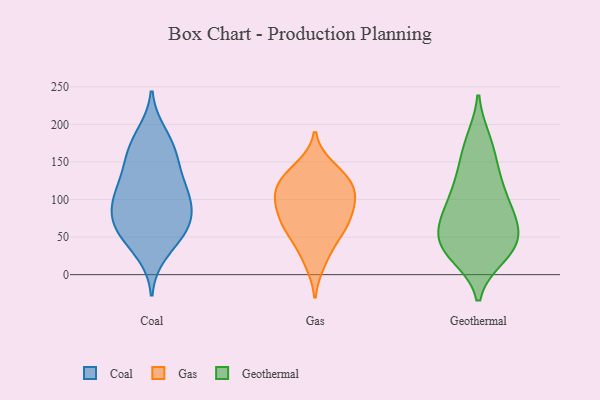
{"axis": {"x": "Customer Acquisition Cost (USD)", "y": "Value"}, "legend": ["Coal", "Gas", "Geothermal"], "data": [{"x": "", "y": 73, "type": "Coal"}, {"x": "", "y": 96, "type": "Coal"}, {"x": "", "y": 157, "type": "Coal"}, {"x": "", "y": 187, "type": "Coal"}, {"x": "", "y": 140, "type": "Coal"}, {"x": "", "y": 29, "type": "Coal"}, {"x": "", "y": 111, "type": "Coal"}, {"x": "", "y": 65, "type": "Coal"}, {"x": "", "y": 118, "type": "Coal"}, {"x": "", "y": 93, "type": "Coal"}, {"x": "", "y": 115, "type": "Coal"}, {"x": "", "y": 59, "type": "Coal"}, {"x": "", "y": 60, "type": "Coal"}, {"x": "", "y": 86, "type": "Coal"}, {"x": "", "y": 48, "type": "Coal"}, {"x": "", "y": 161, "type": "Coal"}, {"x": "", "y": 176, "type": "Coal"}, {"x": "", "y": 68, "type": "Gas"}, {"x": "", "y": 38, "type": "Gas"}, {"x": "", "y": 76, "type": "Gas"}, {"x": "", "y": 143, "type": "Gas"}, {"x": "", "y": 133, "type": "Gas"}, {"x": "", "y": 105, "type": "Gas"}, {"x": "", "y": 122, "type": "Gas"}, {"x": "", "y": 66, "type": "Gas"}, {"x": "", "y": 16, "type": "Gas"}, {"x": "", "y": 93, "type": "Gas"}, {"x": "", "y": 59, "type": "Gas"}, {"x": "", "y": 126, "type": "Gas"}, {"x": "", "y": 101, "type": "Gas"}, {"x": "", "y": 106, "type": "Gas"}, {"x": "", "y": 97, "type": "Geothermal"}, {"x": "", "y": 81, "type": "Geothermal"}, {"x": "", "y": 80, "type": "Geothermal"}, {"x": "", "y": 72, "type": "Geothermal"}, {"x": "", "y": 43, "type": "Geothermal"}, {"x": "", "y": 144, "type": "Geothermal"}, {"x": "", "y": 118, "type": "Geothermal"}, {"x": "", "y": 31, "type": "Geothermal"}, {"x": "", "y": 138, "type": "Geothermal"}, {"x": "", "y": 42, "type": "Geothermal"}, {"x": "", "y": 179, "type": "Geothermal"}, {"x": "", "y": 176, "type": "Geothermal"}, {"x": "", "y": 25, "type": "Geothermal"}, {"x": "", "y": 64, "type": "Geothermal"}, {"x": "", "y": 31, "type": "Geothermal"}, {"x": "", "y": 106, "type": "Geothermal"}, {"x": "", "y": 33, "type": "Geothermal"}, {"x": "", "y": 56, "type": "Geothermal"}]}